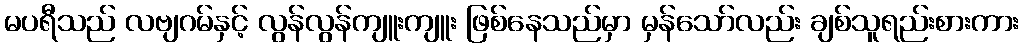
မပရီသည် လဗျဂမ်နှင့် လွန်လွန်ကျူးကျူး ဖြစ်နေသည်မှာ မှန်သော်လည်း ချစ်သူရည်းစားကား